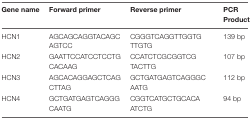
<table><thead><tr><td><b>Gene name</b></td><td><b>Forward primer</b></td><td><b>Reverse primer</b></td><td><b>PCR Product</b></td></tr></thead><tbody><tr><td>HCN1</td><td>AGCAGCAGGTACAGC AGTCC</td><td>CGGGTCAGGTTGGTG TTGTG</td><td>139 bp</td></tr><tr><td>HCN2</td><td>GAATTCCATCCTCCTG CACAAG</td><td>CCATCTCGCGGTCG TACTTG</td><td>107 bp</td></tr><tr><td>HCN3</td><td>AGCACAGGAGCTCAG CTTAG</td><td>GCTGATGAGTCAGGGC AATG</td><td>112 bp</td></tr><tr><td>HCN4</td><td>GCTGATGAGTCAGGG CAATG</td><td>CGGTCATGCTGCACA ATCTG</td><td>94 bp</td></tr></tbody></table>